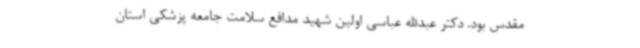
مقدس بود. دکتر عبدالله عباسی اولین شهید مدافع سلامت جامعه پزشکی استان